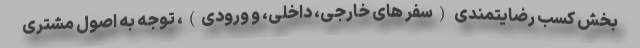
بخش کسب رضایتمندی (سفر های خارجی، داخلی، و ورودی)، توجه به اصول مشتری